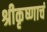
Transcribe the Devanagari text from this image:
श्रीकृष्णाचं